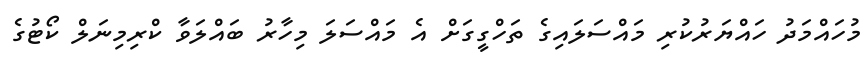
މުހައްމަދު ހައްޔަރުކުރި މައްސަލައިގެ ތަހްގީގަށް އެ މައްސަލަ މިހާރު ބައްލަވާ ކްރިމިނަލް ކޯޓުގެ